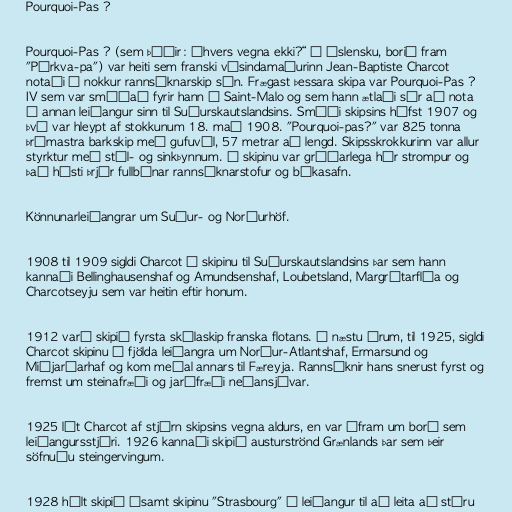
Pourquoi-Pas ?

Pourquoi-Pas ? (sem þýðir: „hvers vegna ekki?“ á íslensku, borið fram
"Púrkva-pa") var heiti sem franski vísindamaðurinn Jean-Baptiste Charcot
notaði á nokkur rannsóknarskip sín. Frægast þessara skipa var Pourquoi-Pas ?
IV sem var smíðað fyrir hann í Saint-Malo og sem hann ætlaði sér að nota
í annan leiðangur sinn til Suðurskautslandsins. Smíði skipsins hófst 1907 og
því var hleypt af stokkunum 18. maí 1908. "Pourquoi-pas?" var 825 tonna
þrímastra barkskip með gufuvél, 57 metrar að lengd. Skipsskrokkurinn var allur
styrktur með stál- og sinkþynnum. Á skipinu var gríðarlega hár strompur og
það hýsti þrjár fullbúnar rannsóknarstofur og bókasafn.

Könnunarleiðangrar um Suður- og Norðurhöf.

1908 til 1909 sigldi Charcot á skipinu til Suðurskautslandsins þar sem hann
kannaði Bellinghausenshaf og Amundsenshaf, Loubetsland, Margrétarflóa og
Charcotseyju sem var heitin eftir honum.

1912 varð skipið fyrsta skólaskip franska flotans. Á næstu árum, til 1925, sigldi
Charcot skipinu í fjölda leiðangra um Norður-Atlantshaf, Ermarsund og
Miðjarðarhaf og kom meðal annars til Færeyja. Rannsóknir hans snerust fyrst og
fremst um steinafræði og jarðfræði neðansjávar.

1925 lét Charcot af stjórn skipsins vegna aldurs, en var áfram um borð sem
leiðangursstjóri. 1926 kannaði skipið austurströnd Grænlands þar sem þeir
söfnuðu steingervingum.

1928 hélt skipið ásamt skipinu "Strasbourg" í leiðangur til að leita að stóru